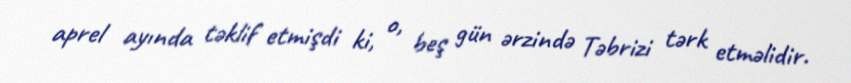
aprel ayında təklif etmişdi ki, o, beş gün ərzində Təbrizi tərk etməlidir.